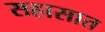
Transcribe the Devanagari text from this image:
सहासात